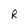
Character: R